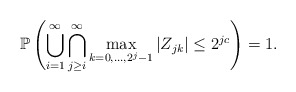
\begin{align*}\mathbb{P}\left( \bigcup_{i=1}^{\infty} \bigcap_{j\geq i}^{\infty} \max_{ k=0,...,2^{j}-1 } |Z_{jk}| \leq 2^{jc}\right)=1.\end{align*}